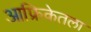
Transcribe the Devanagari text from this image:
आफ्रिकेतला